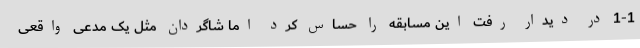
1-1 در دیدار رفت این مسابقه را حساس کرد اما شاگردان مثل یک مدعی واقعی